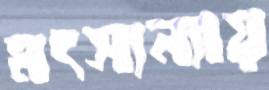
মৎস্যন্যায়